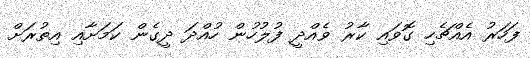
ފަހަރު އެއްޗެހި ގޮވައި ކާރު ވެއްދީ ފުލުހުން ހުއްދަ ދީގެން ކަމަށާއި އިތުރަށް